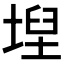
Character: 𡍤